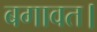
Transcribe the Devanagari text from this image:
बगावत।